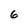
Character: 6